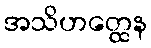
အသိဟတ္ထေန